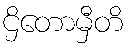
ဌိတောမှီတိ